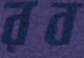
রব